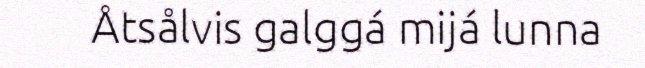
Åtsålvis galggá mijá lunna